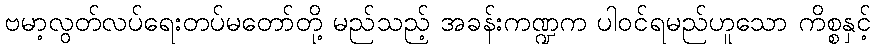
ဗမာ့လွတ်လပ်ရေးတပ်မတော်တို့ မည်သည့် အခန်းကဏ္ဍက ပါဝင်ရမည်ဟူသော ကိစ္စနှင့်